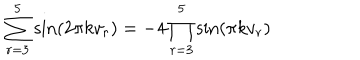
LaTeX: \sum _ { r = 3 } ^ { 5 } \sin ( 2 \pi k v _ { r } ) = - 4 \prod _ { r = 3 } ^ { 5 } \sin ( \pi k v _ { r } )